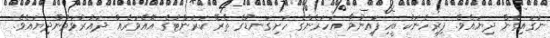
ނަގައިގެން ދިޔައެވެ. ފިރިހެނަކު ބީހިފައިނުވާ އަހަރެންގެ ހަށިގަނޑުގެ ތެރޭ ކަރަންޓުގެ އޮއެވަރެއް ދައުރުވަމުންދިޔައެވެ.